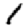
Digit: 1